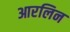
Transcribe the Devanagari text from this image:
आरलिन